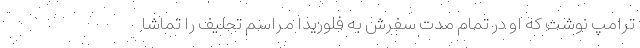
ترامپ نوشت که او در تمام مدت سفرش به فلوریدا مراسم تحلیف را تماشا